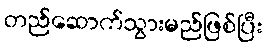
တည်ဆောက်သွားမည်ဖြစ်ပြီး